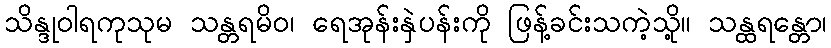
သိန္ဒုဝါရကုသုမ သန္တရမိဝ၊ ရေအုန်းနှဲပန်းကို ဖြန့်ခင်းသကဲ့သို့။ သန္ထရန္တော၊